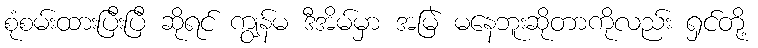
စုံစမ်းထားပြီးပြီ ဆိုရင် ကျွန်မ ဒီအိမ်မှာ အမြဲ မနေဘူးဆိုတာကိုလည်း ရှင်တို့